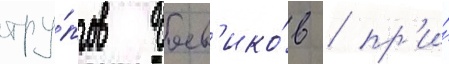
тру́пов боев'ико́в / пр'и́